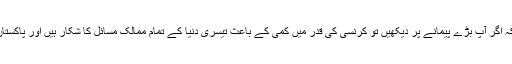
معیشت مستحکم کرنے کے لیے حکومتی کوششوں پر رائے دیتے ہوئے انیل مسرت کا کہنا تھا کہ اگر آپ بڑے پیمانے پر دیکھیں تو کرنسی کی قدر میں کمی کے باعث تیسری دنیا کے تمام ممالک مسائل کا شکار ہیں اور پاکستان نے بھی ساختی اصلاحات نہ ہونے اور ناقص حکمرانی کے سبب انتہائی مشکلات کا سامنا کیا۔